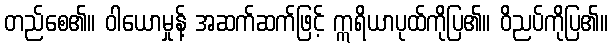
တည်စေ၏။ ဝါယောမှုန့် အဆက်ဆက်ဖြင့် ဣရိယာပုထ်ကိုပြ၏။ ဝိညပ်ကိုပြ၏။